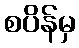
စပိန်မှ